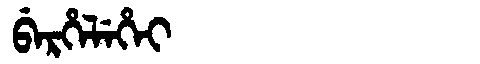
Manchu: ᠪᡝᡵᡥᡝᠯᡝᡥᡝᡳ
Romanization: BERHELEHEI